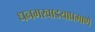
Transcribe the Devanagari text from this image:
धनगरवाडयाप्रमाणे